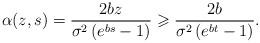
LaTeX: \begin{align*}\alpha(z,s)=\frac{2bz}{\sigma^{2}\left(e^{bs}-1\right)}\geqslant\frac{2b}{\sigma^{2}\left(e^{bt}-1\right)}.\end{align*}